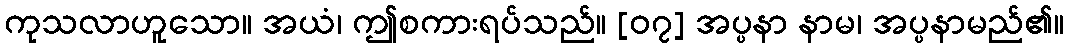
ကုသလာဟူသော။ အယံ၊ ဤစကားရပ်သည်။ [၀၇] အပ္ပနာ နာမ၊ အပ္ပနာမည်၏။